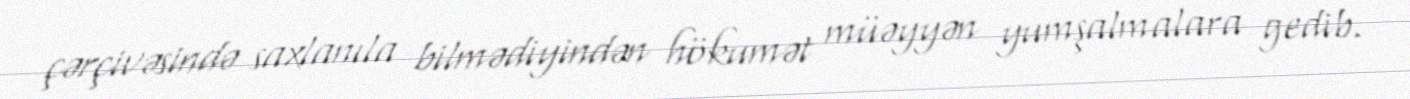
çərçivəsində saxlanıla bilmədiyindən hökumət müəyyən yumşalmalara gedib.